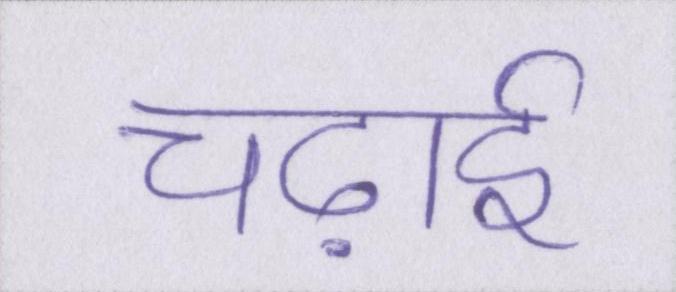
चढ़ाई